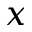
x